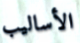
الأساليب